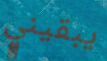
يبقيني